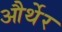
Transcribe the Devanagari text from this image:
और्थेर